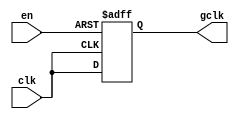
module clock_gating (
    input wire clk,        // Primary clock signal
    input wire en,         // Enable signal
    output reg gclk        // Gated clock output
);

// Clock Gating Logic
always @(posedge clk or negedge en) begin
    if (!en) begin
        gclk <= 1'b0;      // Hold gclk low when enable is low
    end else begin
        gclk <= clk;       // Pass clk to gclk when enable is high
    end
end

endmodule